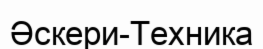
Әскери-Техника